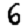
Digit: 6